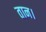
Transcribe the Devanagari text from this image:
तान।